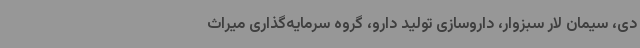
دی، سیمان لار سبزوار، داروسازی تولید دارو، گروه سرمایه‌گذاری میراث